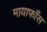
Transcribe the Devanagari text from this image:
मायाफाँस